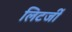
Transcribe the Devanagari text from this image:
लिटर्जी